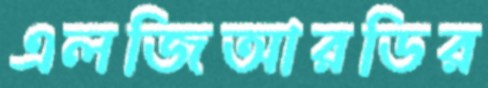
এলজিআরডির